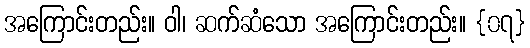
အကြောင်းတည်း။ ဝါ၊ ဆက်ဆံသော အကြောင်းတည်း။ {၀၇}